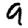
Digit: 9